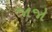
જાજો